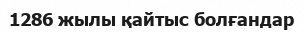
1286 жылы қайтыс болғандар